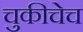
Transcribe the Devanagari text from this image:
चुकीचेच